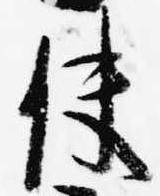
使